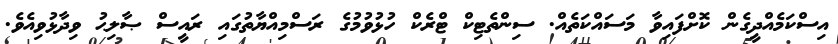
އިސްކަމެއްދީގެން ކޮށްފައިވާ މަސައްކަތެއް. ސިންތެޓިކް ޓްރެކް ހުޅުވުމުގެ ރަސްމިއްޔާތުގައި ރައީސް ޞާލިޙު ވިދާޅުވިއެވެ.